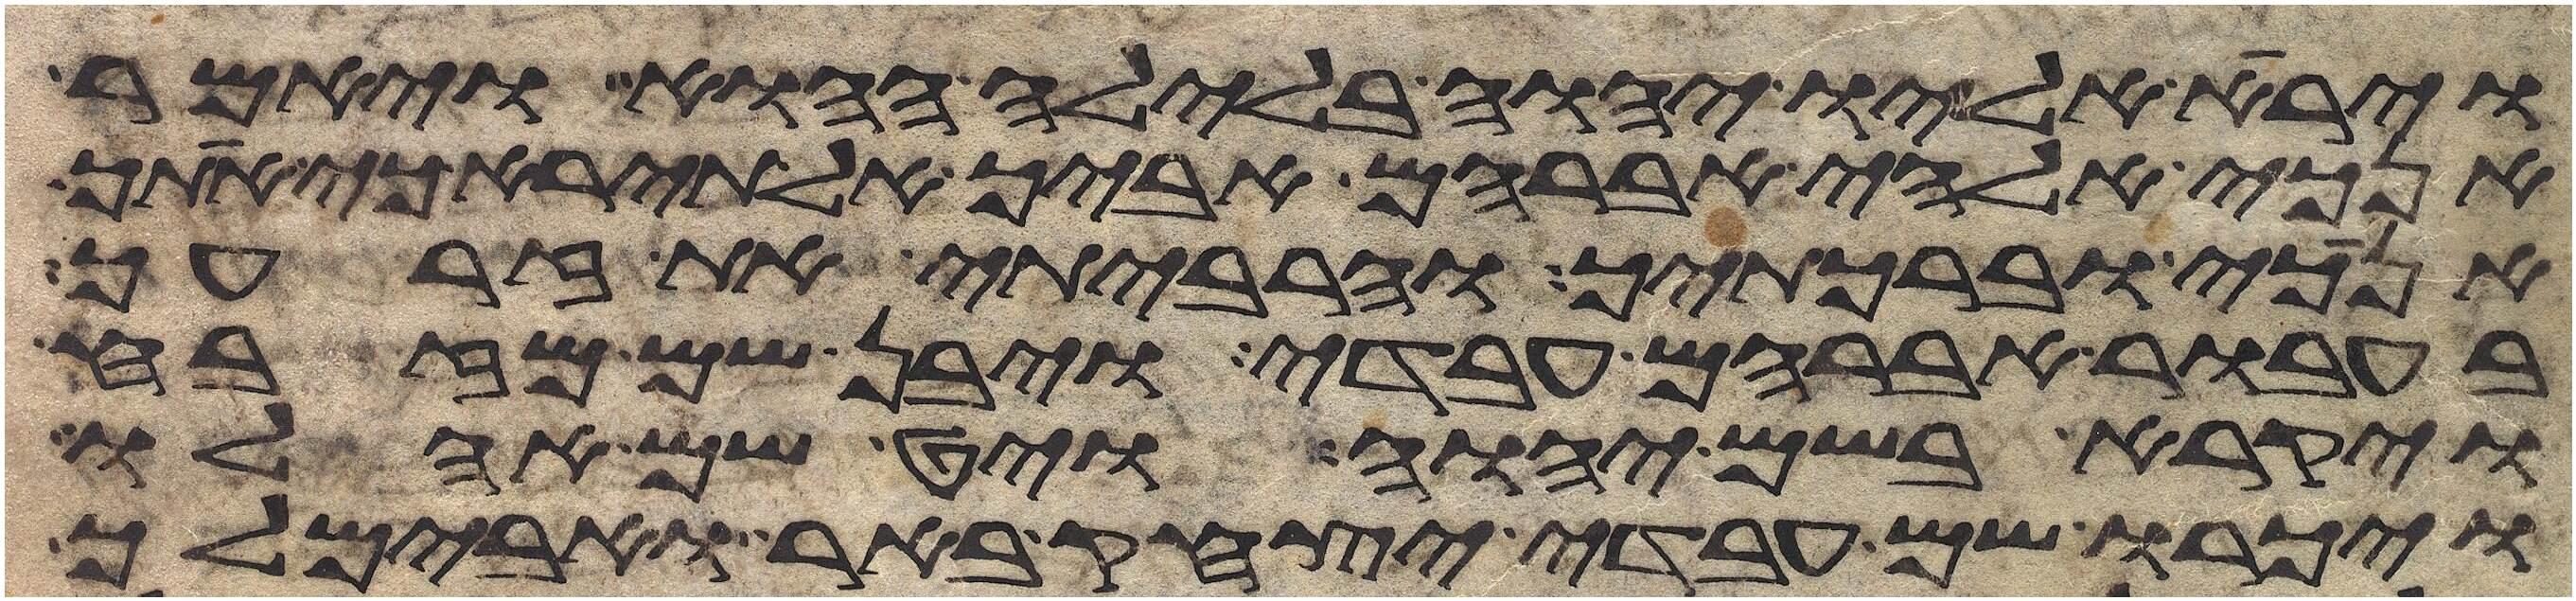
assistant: וירא אליו יהוה בלילה ההוא ויאמר
אנכי אלהי אברהם אביך אל תירא כי אתך
אנכי וברכתיך והרביתי את זרעך
בעבור אברהם עבדי ויבן שם מזבח
ויקרא בשם יהוה ויט שם אהלו
ויכרו שם עבדי יצחק באר ואבימלך